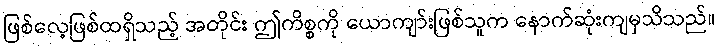
ဖြစ်လေ့ဖြစ်ထရှိသည့် အတိုင်း ဤကိစ္စကို ယောကျာ်းဖြစ်သူက နောက်ဆုံးကျမှသိသည်။